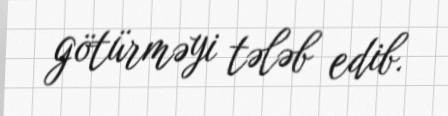
götürməyi tələb edib.